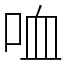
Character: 𠲣